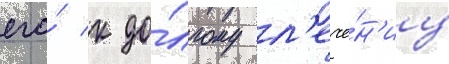
его́ к до́лгому л'ече́н'иу